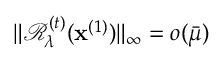
\| \mathcal { R } _ { \lambda } ^ { ( t ) } ( \mathbf { x } ^ { ( 1 ) } ) \| _ { \infty } = o ( \bar { \mu } )